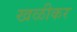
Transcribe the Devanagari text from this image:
खळीकर